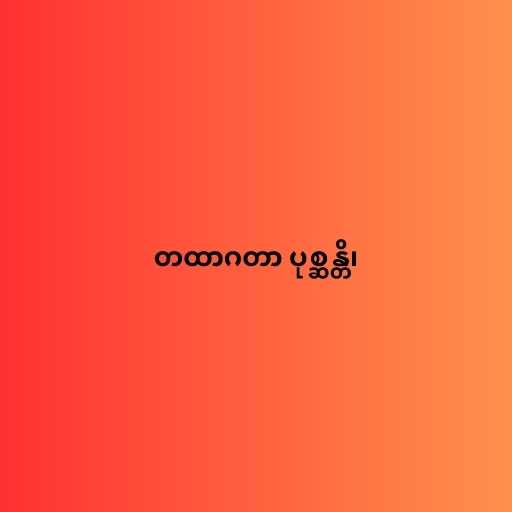
တထာဂတာ ပုစ္ဆန္တိ၊